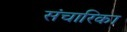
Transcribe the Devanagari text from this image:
संचारिका